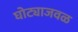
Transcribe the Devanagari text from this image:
घोट्याजवळ